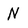
Character: N